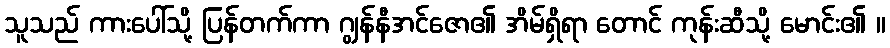
သူသည် ကားပေါ်သို့ ပြန်တက်ကာ ဂျွန်နီအင်ဇော၏ အိမ်ရှိရာ တောင် ကုန်းဆီသို့ မောင်း၏ ။